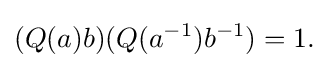
\displaystyle {(Q(a)b)(Q(a^{-1})b^{-1})=1.}